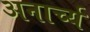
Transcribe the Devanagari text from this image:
अनार्च्य